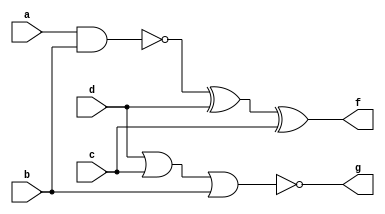
module q2b(a,b,c,d,f,g);
	input a,b,c,d;
	output f,g;
	assign f = (~(a & b) ^ d ^ c);
	assign g = ~(d | c | b);
endmodule